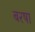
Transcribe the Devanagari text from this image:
बरषा